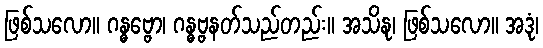
ဖြစ်သလော။ ဂန္ဓဗ္ဗော၊ ဂန္ဓဗ္ဗနတ်သည်တည်း။ အသိနု၊ ဖြစ်သလော။ အဒုံ၊